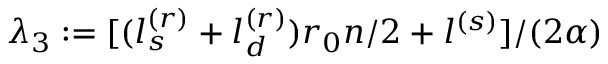
\lambda _ { 3 } : = [ ( l _ { s } ^ { ( r ) } + l _ { d } ^ { ( r ) } ) r _ { 0 } n / 2 + l ^ { ( s ) } ] / ( 2 \alpha )